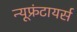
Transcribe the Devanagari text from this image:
न्यूफ्रंटायर्स